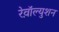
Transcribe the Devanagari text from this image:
रेव़ाॅल्युशन